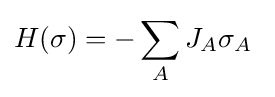
H(\sigma )=-\sum _{A}J_{A}\sigma _{A}~